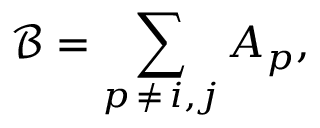
\mathcal { B } = \sum _ { p \, \neq \, i , j } A _ { p } ,